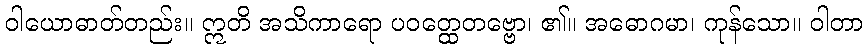
ဝါယောဓာတ်တည်း။ ဣတိ အသိကာရော ပဝတ္ထေတဗ္ဗော၊ ၏။ အဓောဂမာ၊ ကုန်သော။ ဝါတာ